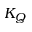
K _ { Q }